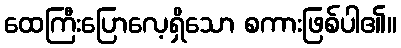
ထေကြီးပြောလေ့ရှိသော စကားဖြစ်ပါ၏။